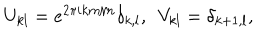
U _ { k l } = e ^ { 2 \pi i k m / n } \delta _ { k , l } , ~ ~ V _ { k l } = \delta _ { k + 1 , l } ,